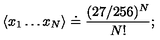
\langle x _ { 1 } \dots x _ { N } \rangle \doteq \frac { ( 2 7 / 2 5 6 ) ^ { N } } { N ! } ;